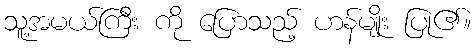
သူ့အမယ်ကြီး ကို ပြောသည့် ဟန်မျိုး ပြု၏။